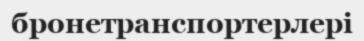
бронетранспортерлері